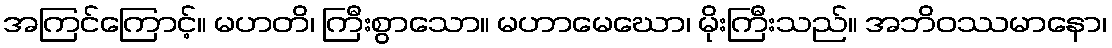
အကြင်ကြောင့်။ မဟတိ၊ ကြီးစွာသော။ မဟာမေဃော၊ မိုးကြီးသည်။ အဘိဝဿမာနော၊